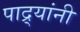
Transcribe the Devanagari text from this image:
पाद्र्यांनी